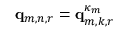
\mathbf { q } _ { m , n , r } = \mathbf { q } _ { m , k , r } ^ { \kappa _ { m } }